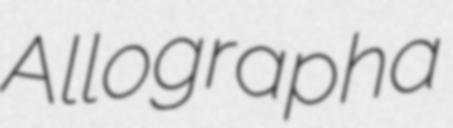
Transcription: Allographa